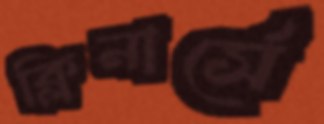
ক্লিনার্সে